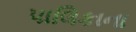
પાલિકાના